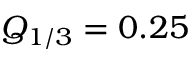
Q _ { 1 / 3 } = 0 . 2 5